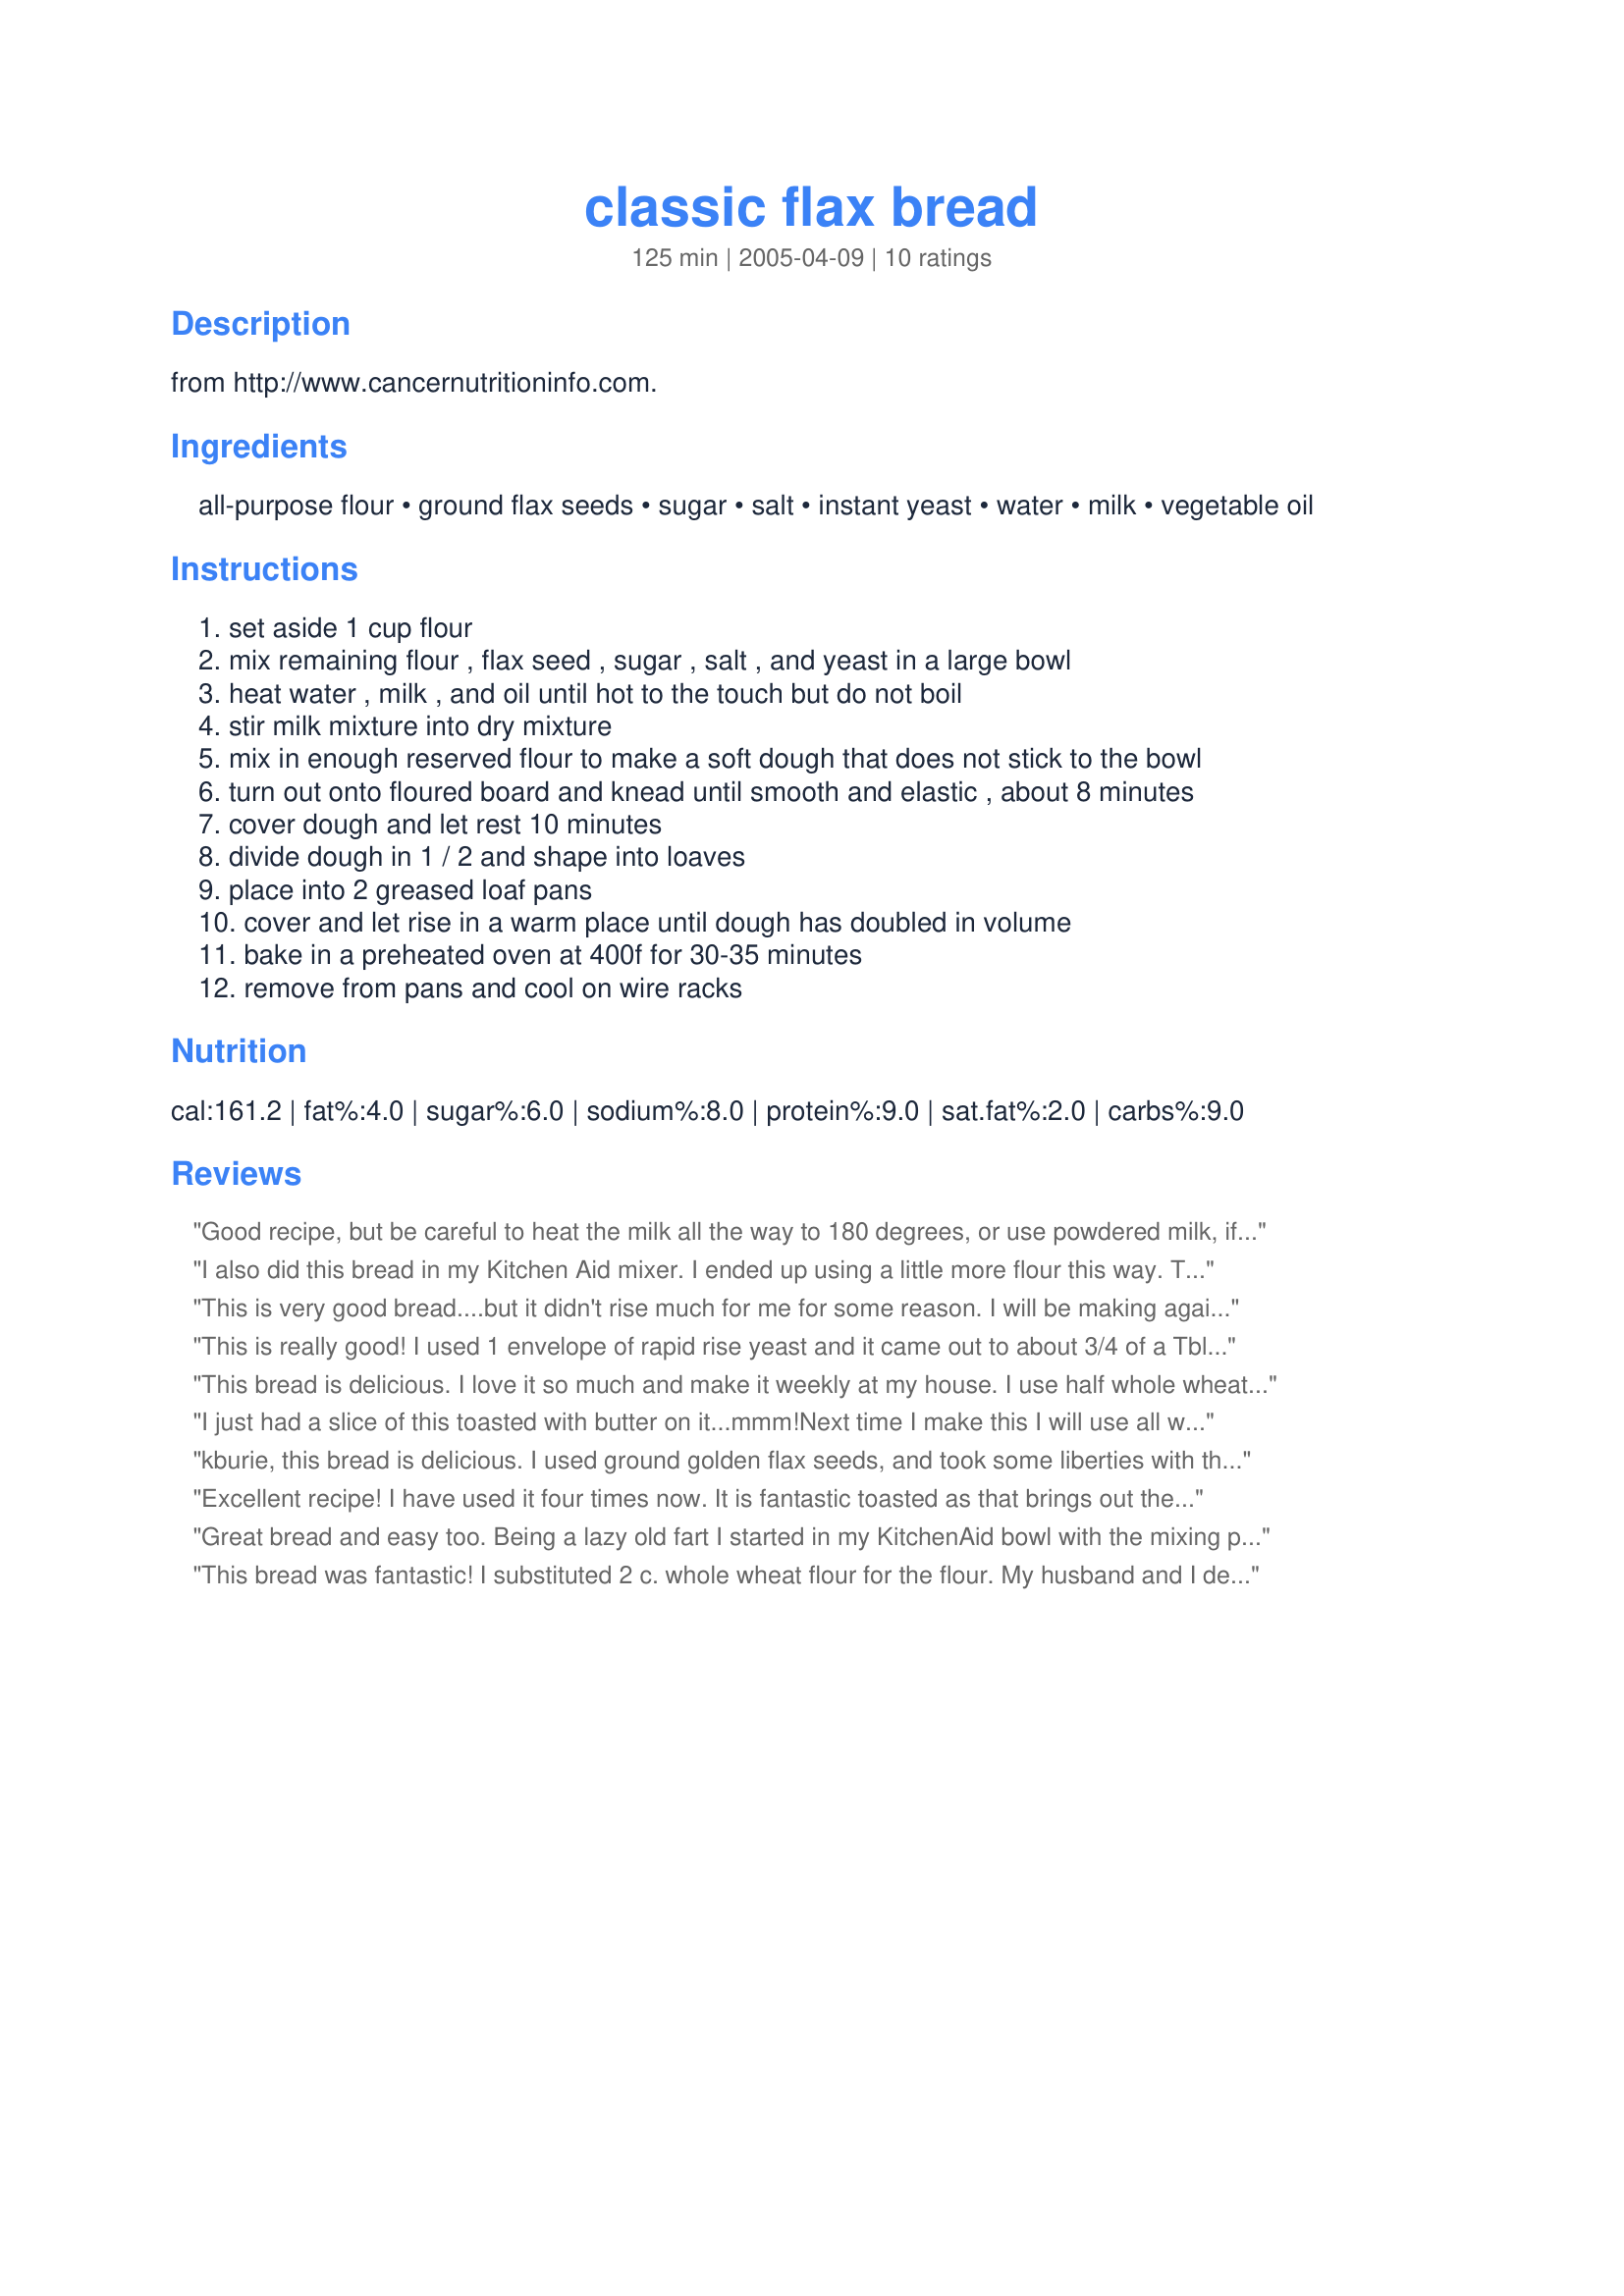
classic flax bread
Preparation time: 125 minutes

from http://www.cancernutritioninfo.com.

Ingredients:
all-purpose flour, ground flax seeds, sugar, salt, instant yeast, water, milk, vegetable oil

Steps:
set aside 1 cup flour
mix remaining flour , flax seed , sugar , salt , and yeast in a large bowl
heat water , milk , and oil until hot to the touch but do not boil
stir milk mixture into dry mixture
mix in enough reserved flour to make a soft dough that does not stick to the bowl
turn out onto floured board and knead until smooth and elastic , about 8 minutes
cover dough and let rest 10 minutes
divide dough in 1 / 2 and shape into loaves
place into 2 greased loaf pans
cover and let rise in a warm place until dough has doubled in volume
bake in a preheated oven at 400f for 30-35 minutes
remove from pans and cool on wire racks

Reviews:
Good recipe, but be careful to heat the milk all the way to 180 degrees, or use powdered milk, if you want it to rise properly.
I also did this bread in my Kitchen Aid mixer. I ended up using a little more flour this way. The result was two beautiful, delicious loaves. I brushed the tops with olive oil before baking. I am so excited about this recipe that I shared my photo! I have never done that before. Very, very easy! Thanks for sharing it!
This is very good bread....but it didn't rise much for me for some reason. I will be making again but trying the regular double rise yeast.
This is really good! I used 1 envelope of rapid rise yeast and it came out to about 3/4 of a Tbl. My 2 year old devoured a piece very quickly, which says a lot about the recipe. I will make this again, but will try it with some whole wheat flour. Thanks!
This bread is delicious. I love it so much and make it weekly at my house. I use half whole wheat flour to make it healthier. Great recipe!
I just had a slice of this toasted with butter on it...mmm!Next time I make this I will use all whole wheat flour for added goodness.I used tradional yeast and put the dough through 2 rises.
kburie, this bread is delicious. I used ground golden flax seeds, and took some liberties with the ingredients (types of flours, including some gluten, and upping the oil). Just had a hunk with nothing on it, fresh from the oven. Yum. This will make great toast and sandwiches.
Excellent recipe! I have used it four times now. It is fantastic toasted as that brings out the flax flavor even more. My DH loves it.<br/><br/>Twice I have substitutied 2 cups whole wheat flour instead of white and it's really good with that. I also have added a handful or two of whole flax seeds for extra texture. I have doubled the yeast the last couple of times now that helps it raise to a better size. My first loaves were a little smaller than I wanted.
Great bread and easy too. Being a lazy old fart I started in my KitchenAid bowl with the mixing paddle and switched to a dough hook for step 5. My wife feels strongly about whole wheat so I went 50-50 on the flour. Thank you Vino Girl from a Vino Old Guy
Wayne
This bread was fantastic! I substituted 2 c. whole wheat flour for the flour. My husband and I devoured both loaves very quickly!
